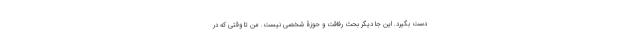
دست بگیرد. این جا دیگر بحث رفاقت و حوزۀ شخصی نیست. من تا وقتی که در